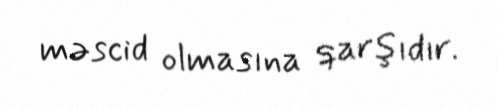
məscid olmasına qarşıdır.